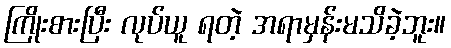
ကြိုးစားပြီး လုပ်ယူ ရတဲ့ အရာမှန်းမသိခဲ့ဘူး။